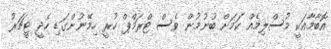
އޮބާމާއަކީ މުސްލިމެއް ކަމަށް ބުނުމުން ވެސް ޓްރަމްޕް ހުރީ ހިމޭނުންގަޑި ހެދީ ޓީޗަރު